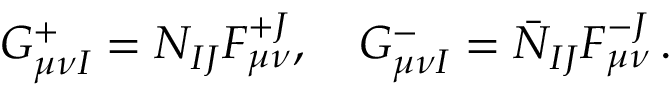
G _ { \mu \nu I } ^ { + } = { \cal N } _ { I J } F _ { \mu \nu } ^ { + J } , \quad G _ { \mu \nu I } ^ { - } = \bar { \cal N } _ { I J } F _ { \mu \nu } ^ { - J } \, .